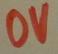
Text: 0V